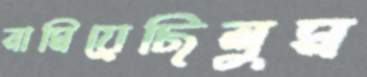
নামিয়েছিলুম